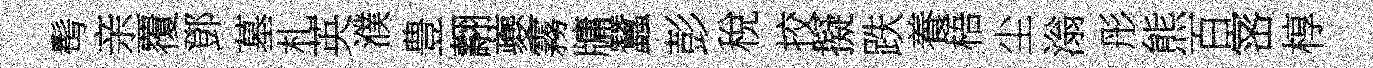
髩亲覆鄧墓札英濮豊翿夔霧牗蠶彭稅挍擬跌養梧尘滃彤熊百宻椁